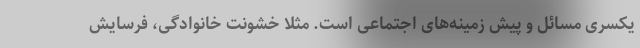
یکسری مسائل و پیش زمینه‌های اجتماعی است. مثلا خشونت خانوادگی، فرسایش